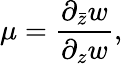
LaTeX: \mu=\frac{\partial_{\bar{z}}w}{\partial_{z}w},